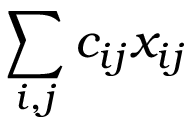
\sum _ { i , j } c _ { i j } x _ { i j }